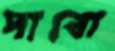
পাবো